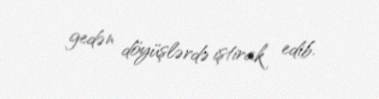
gedən döyüşlərdə iştirak edib.